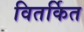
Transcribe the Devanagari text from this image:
वितर्कित